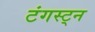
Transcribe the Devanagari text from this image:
टंगस्ट्न